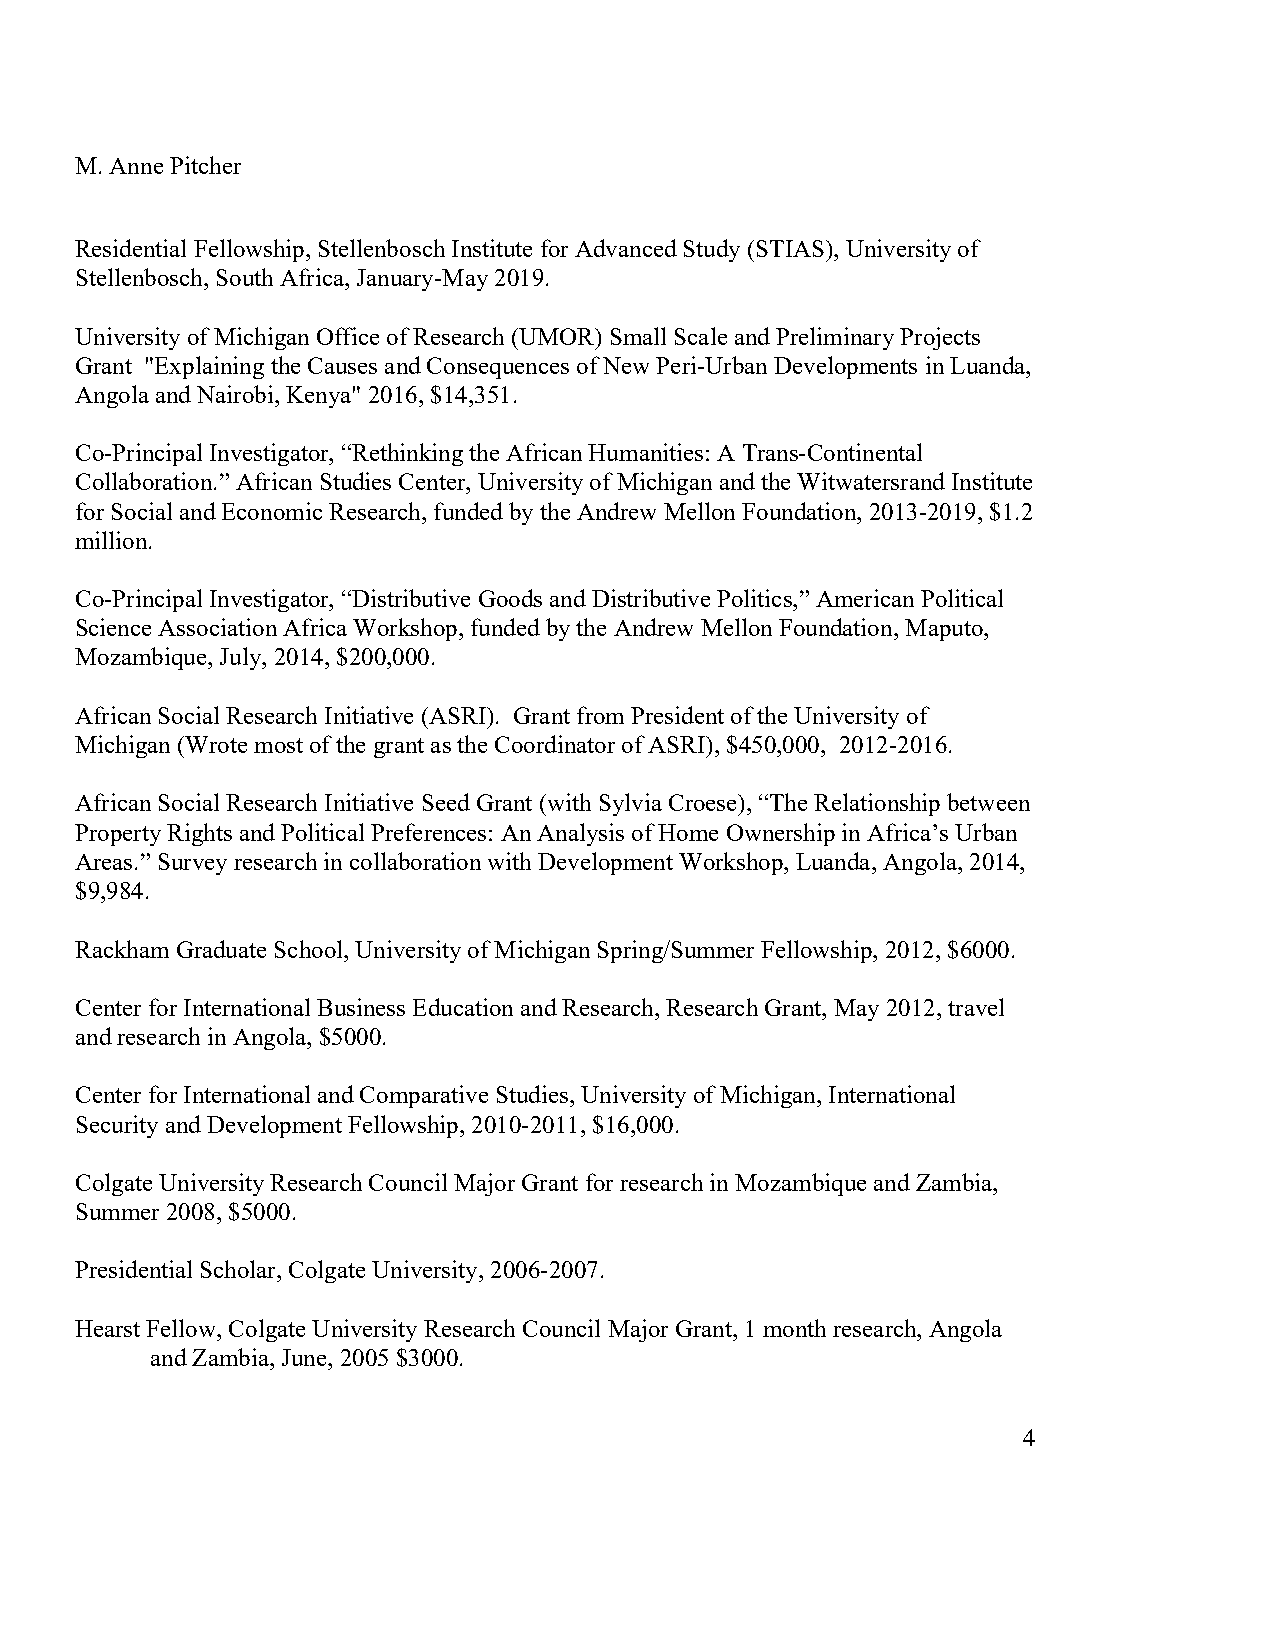
M. Anne Pitcher
 Residential Fellowship, Stellenbosch Institute for Advanced Study (STIAS), University of
 Stellenbosch, South Africa, January-May 2019.
 University of Michigan Office of Research (UMOR) Small Scale and Preliminary Projects
 Grant "Explaining the Causes and Consequences of New Peri-Urban Developments in Luanda,
 Angola and Nairobi, Kenya" 2016, $14,351.
 Co-Principal Investigator, “Rethinking the African Humanities: A Trans-Continental
 Collaboration.” African Studies Center, University of Michigan and the Witwatersrand Institute
 for Social and Economic Research, funded by the Andrew Mellon Foundation, 2013-2019, $1.2
 million.
 Co-Principal Investigator, “Distributive Goods and Distributive Politics,” American Political
 Science Association Africa Workshop, funded by the Andrew Mellon Foundation, Maputo,
 Mozambique, July, 2014, $200,000.
 African Social Research Initiative (ASRI). Grant from President of the University of
 Michigan (Wrote most of the grant as the Coordinator of ASRI), $450,000, 2012-2016.
 African Social Research Initiative Seed Grant (with Sylvia Croese), “The Relationship between
 Property Rights and Political Preferences: An Analysis of Home Ownership in Africa’s Urban
 Areas.” Survey research in collaboration with Development Workshop, Luanda, Angola, 2014,
 $9,984.
 Rackham Graduate School, University of Michigan Spring/Summer Fellowship, 2012, $6000.
 Center for International Business Education and Research, Research Grant, May 2012, travel
 and research in Angola, $5000.
 Center for International and Comparative Studies, University of Michigan, International
 Security and Development Fellowship, 2010-2011, $16,000.
 Colgate University Research Council Major Grant for research in Mozambique and Zambia,
 Summer 2008, $5000.
 Presidential Scholar, Colgate University, 2006-2007.
 Hearst Fellow, Colgate University Research Council Major Grant, 1 month research, Angola
 and Zambia, June, 2005 $3000.
 4